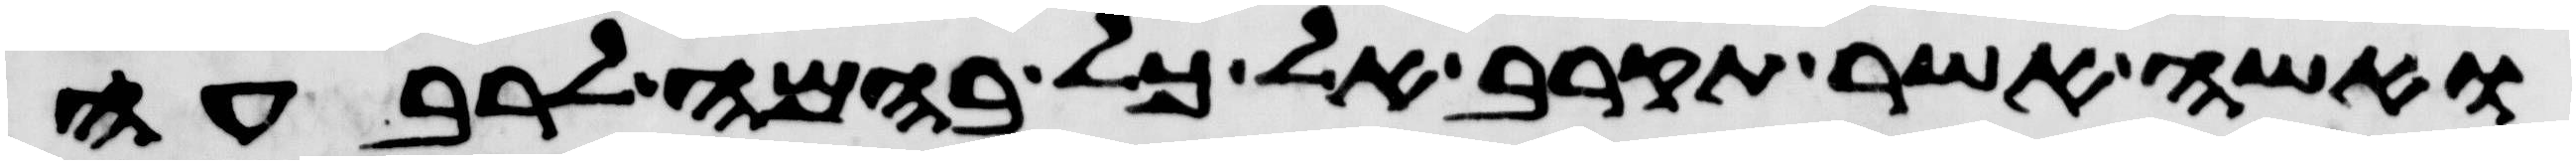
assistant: ואשה אשר תקרב אל כל בהמה לרבעה